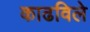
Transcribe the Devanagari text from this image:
काढविले